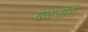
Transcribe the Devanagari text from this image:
बळजोरी